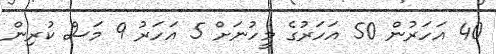
40 އަހަރުން 50 އަހަރުގެ މީހުނަށް 5 އަހަރު 9 މަސް ކުރިން